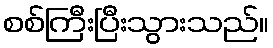
စစ်ကြီးပြီးသွားသည်။